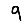
Digit: 9